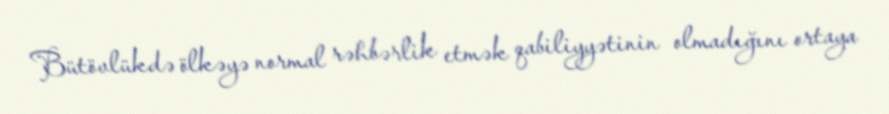
Bütövlükdə ölkəyə normal rəhbərlik etmək qabiliyyətinin olmadığını ortaya